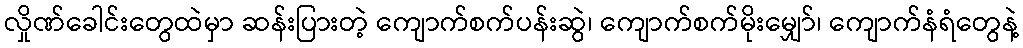
လှိုဏ်ခေါင်းတွေထဲမှာ ဆန်းပြားတဲ့ ကျောက်စက်ပန်းဆွဲ၊ ကျောက်စက်မိုးမျှော်၊ ကျောက်နံရံတွေနဲ့